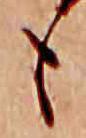
も